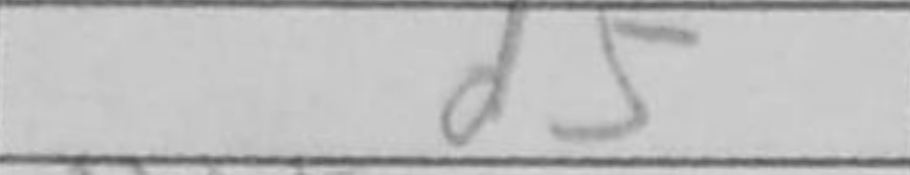
Transcription: d5